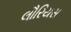
લૌરિયસ